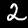
Digit: 2